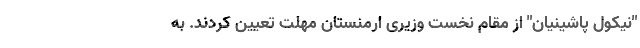
"نیکول پاشینیان" از مقام نخست وزیری ارمنستان مهلت تعیین کردند. به